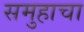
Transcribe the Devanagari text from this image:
समुहाचा